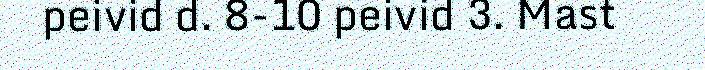
peivid d. 8-10 peivid 3. Mast